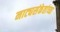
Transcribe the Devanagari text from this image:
नाट्यसंकेतांच्या